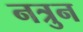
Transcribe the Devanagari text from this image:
नत्रुन